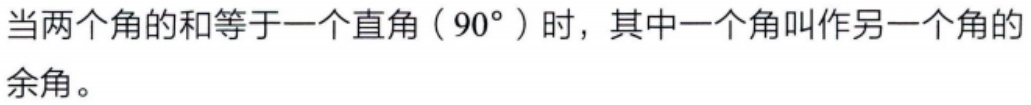
当两个角的和等于一个直角（\(90^{\circ}\)）时，其中一个角叫作另一个角的余角。